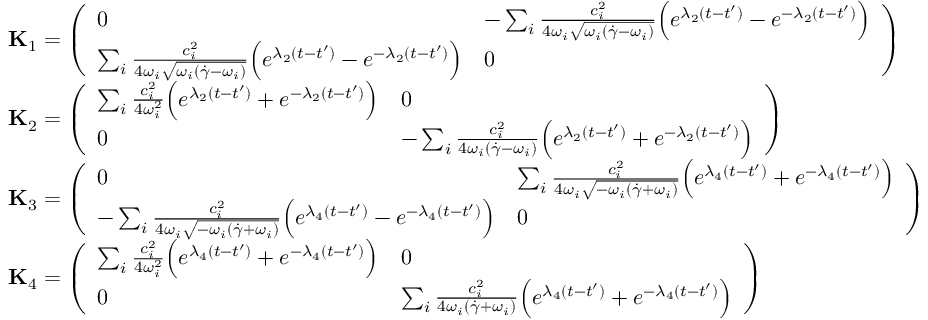
\begin{array} { r l } & { \mathbf { { K } } _ { 1 } = \left( \begin{array} { l l } { 0 } & { - \sum _ { i } \frac { c _ { i } ^ { 2 } } { 4 \omega _ { i } \sqrt { \omega _ { i } ( \dot { \gamma } - \omega _ { i } ) } } \Bigl ( e ^ { \lambda _ { 2 } ( t - t ^ { \prime } ) } - e ^ { - \lambda _ { 2 } ( t - t ^ { \prime } ) } \Bigr ) } \\ { \sum _ { i } \frac { c _ { i } ^ { 2 } } { 4 \omega _ { i } \sqrt { \omega _ { i } ( \dot { \gamma } - \omega _ { i } ) } } \Bigl ( e ^ { \lambda _ { 2 } ( t - t ^ { \prime } ) } - e ^ { - \lambda _ { 2 } ( t - t ^ { \prime } ) } \Bigr ) } & { 0 } \end{array} \right) } \\ & { \mathbf { { K } } _ { 2 } = \left( \begin{array} { l l } { \sum _ { i } \frac { c _ { i } ^ { 2 } } { 4 \omega _ { i } ^ { 2 } } \Bigl ( e ^ { \lambda _ { 2 } ( t - t ^ { \prime } ) } + e ^ { - \lambda _ { 2 } ( t - t ^ { \prime } ) } \Bigr ) } & { 0 } \\ { 0 } & { - \sum _ { i } \frac { c _ { i } ^ { 2 } } { 4 \omega _ { i } ( \dot { \gamma } - \omega _ { i } ) } \Bigl ( e ^ { \lambda _ { 2 } ( t - t ^ { \prime } ) } + e ^ { - \lambda _ { 2 } ( t - t ^ { \prime } ) } \Bigr ) } \end{array} \right) } \\ & { \mathbf { { K } } _ { 3 } = \left( \begin{array} { l l } { 0 } & { \sum _ { i } \frac { c _ { i } ^ { 2 } } { 4 \omega _ { i } \sqrt { - \omega _ { i } ( \dot { \gamma } + \omega _ { i } ) } } \Bigl ( e ^ { \lambda _ { 4 } ( t - t ^ { \prime } ) } + e ^ { - \lambda _ { 4 } ( t - t ^ { \prime } ) } \Bigr ) } \\ { - \sum _ { i } \frac { c _ { i } ^ { 2 } } { 4 \omega _ { i } \sqrt { - \omega _ { i } ( \dot { \gamma } + \omega _ { i } ) } } \Bigl ( e ^ { \lambda _ { 4 } ( t - t ^ { \prime } ) } - e ^ { - \lambda _ { 4 } ( t - t ^ { \prime } ) } \Bigr ) } & { 0 } \end{array} \right) } \\ & { \mathbf { { K } } _ { 4 } = \left( \begin{array} { l l } { \sum _ { i } \frac { c _ { i } ^ { 2 } } { 4 \omega _ { i } ^ { 2 } } \Bigl ( e ^ { \lambda _ { 4 } ( t - t ^ { \prime } ) } + e ^ { - \lambda _ { 4 } ( t - t ^ { \prime } ) } \Bigr ) } & { 0 } \\ { 0 } & { \sum _ { i } \frac { c _ { i } ^ { 2 } } { 4 \omega _ { i } ( \dot { \gamma } + \omega _ { i } ) } \Bigl ( e ^ { \lambda _ { 4 } ( t - t ^ { \prime } ) } + e ^ { - \lambda _ { 4 } ( t - t ^ { \prime } ) } \Bigr ) } \end{array} \right) } \end{array}